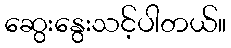
ဆွေးနွေးသင့်ပါတယ်။